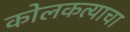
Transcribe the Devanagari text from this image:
कोलकत्याचा